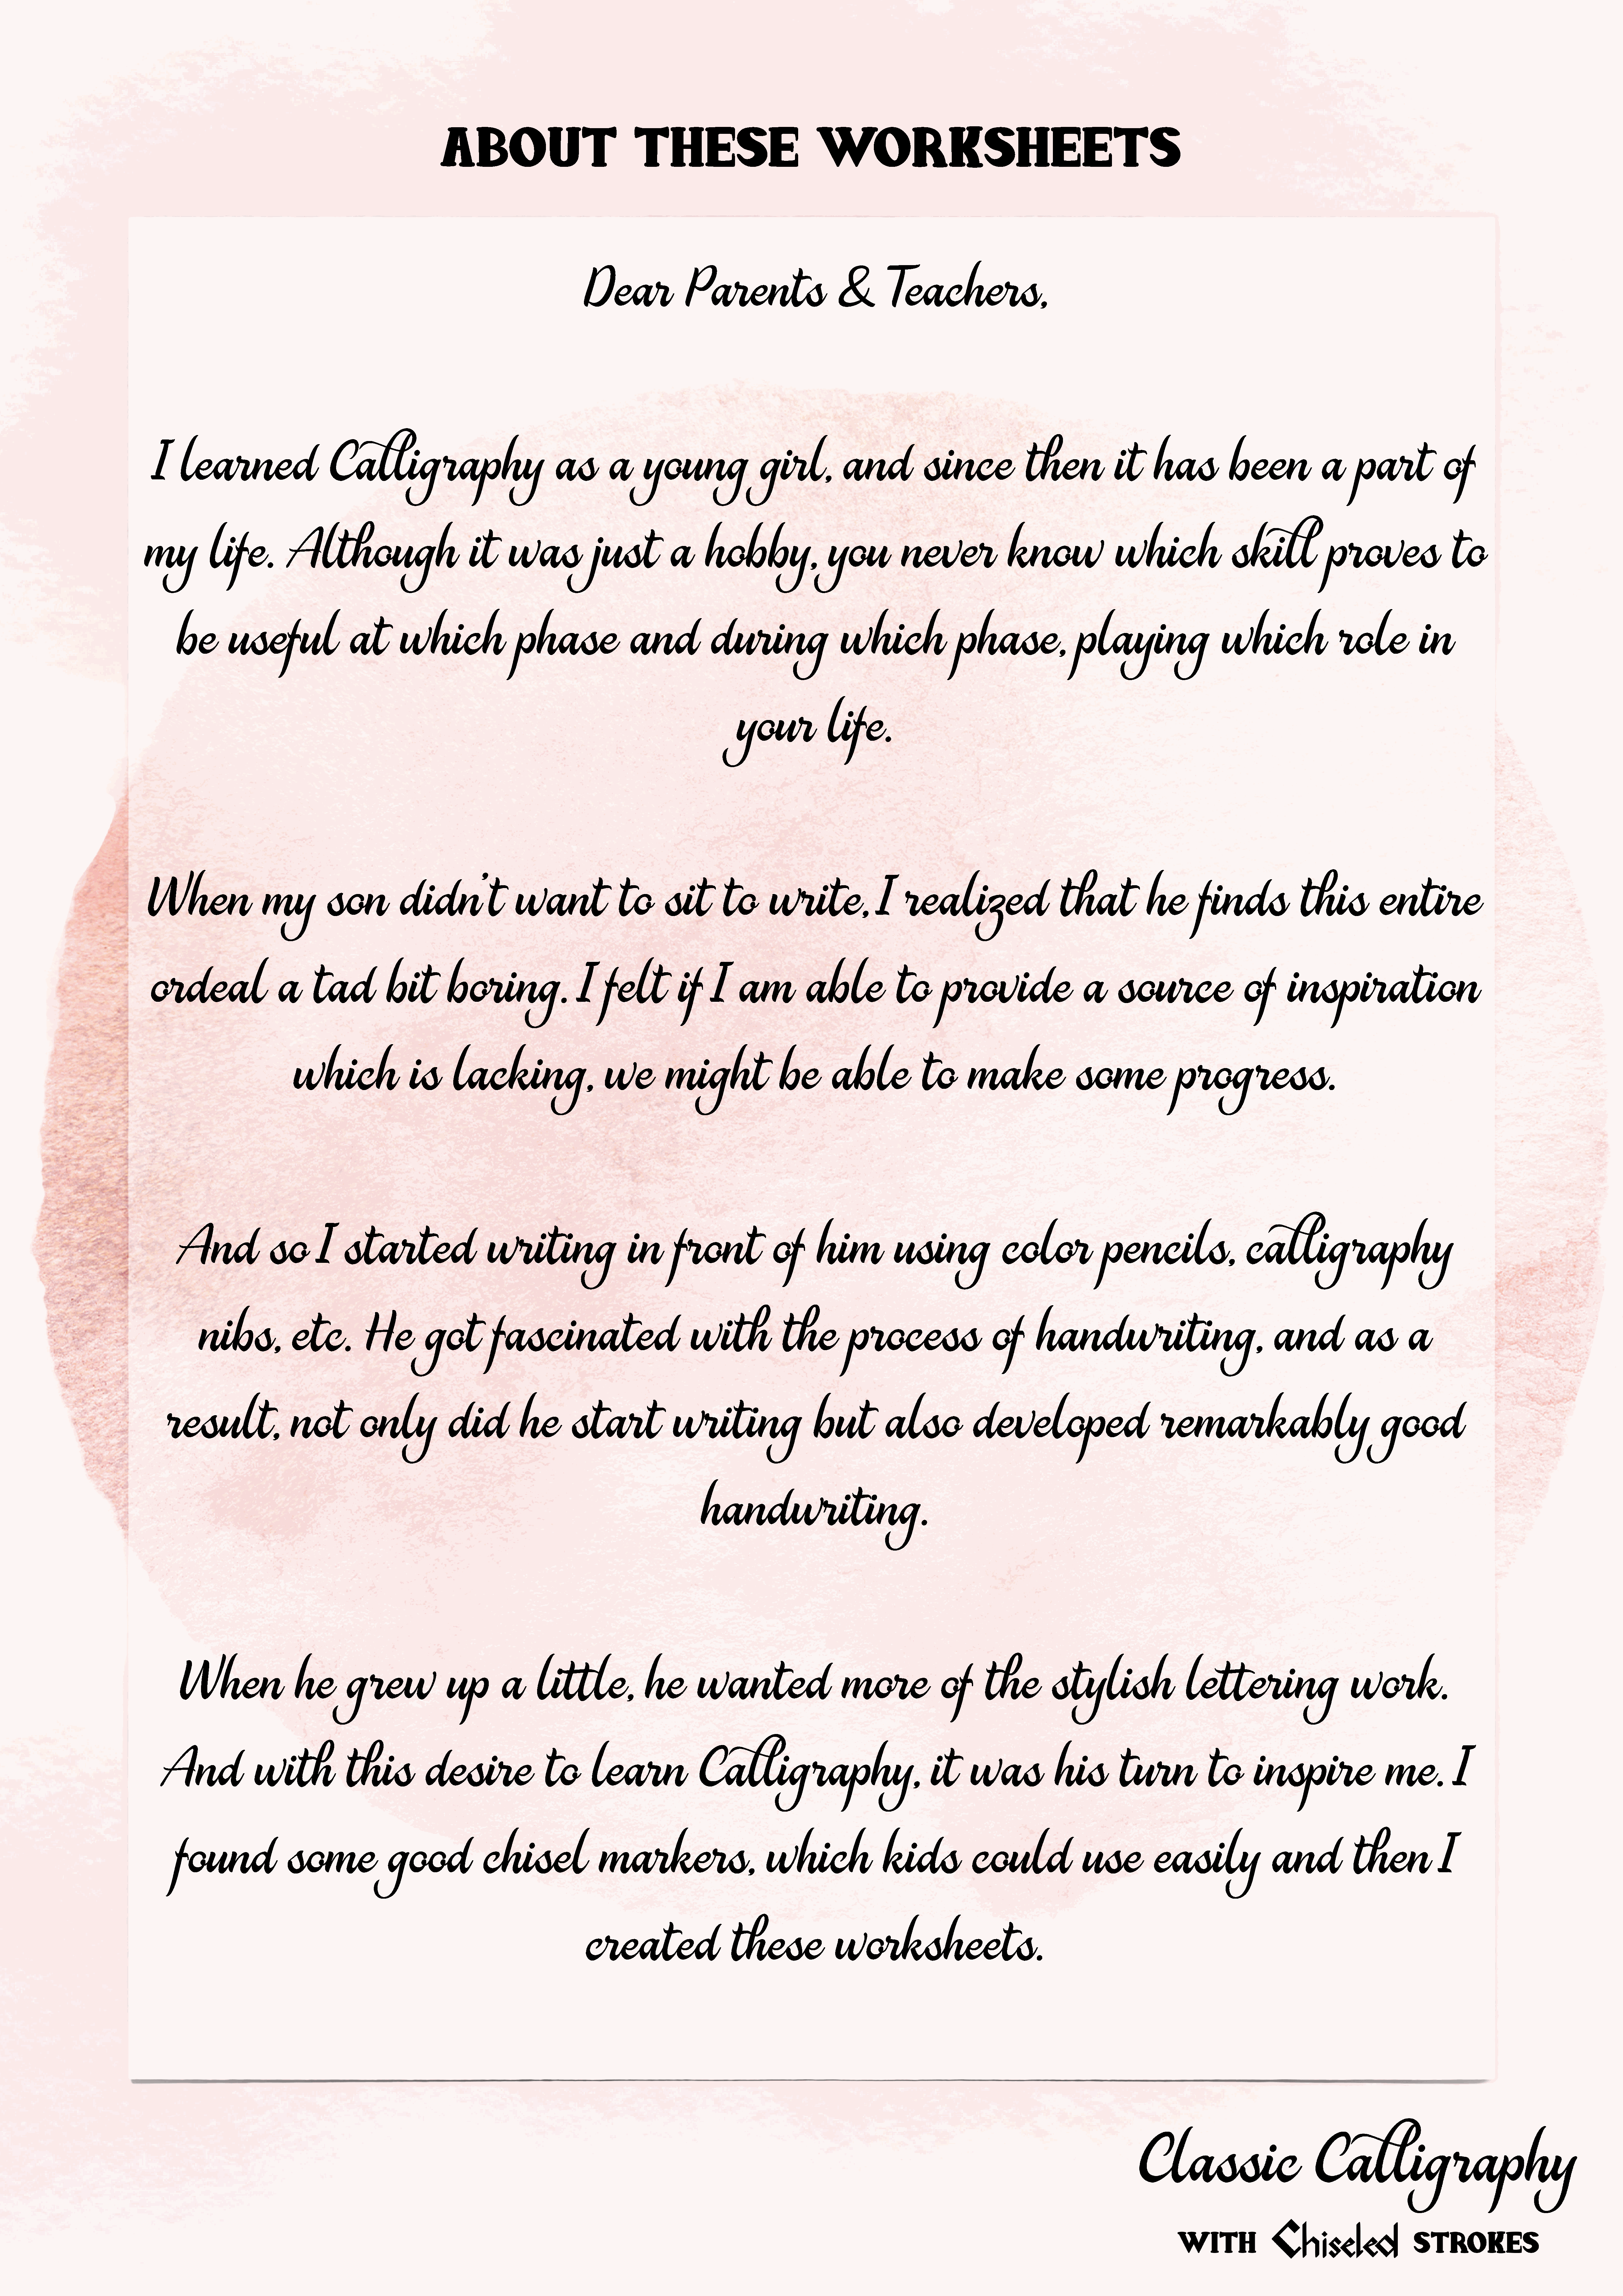
About                                    these                                 worksheets
 Dear                 Parents                          &         Teachers,
 I    learned                         Calligraphy                                    as          a      young                   girl,             and              since                then               it      has             been                a      part              of
 my           life.            Although                              it      was               just             a      hobby,                    you            never                  know                  which                    skill               proves                    to
 be         useful                   at         which                   phase                   and              during                     which                    phase,                   playing                        which                   role             in
 your               life.
 When                    my           son             didn’t                  want                  to       sit          to       write,                  I    realized                         that              he         finds                this             entire
 ordeal                     a      tad             bit          boring.                     I    felt           if      I    am            able               to        provide                       a      source                    of        inspiration
 which                    is       lacking,                        we           might                   be         able               to       make                   some                 progress.
 And                so         I    started                       writing                       in       front                of       him              using                 color                 pencils,                      calligraphy
 nibs,               etc.           He           got           fascinated                                with               the           process                       of        handwriting,                                      and              as         a
 result,                    not           only               did            he         start                writing                       but            also              developed                               remarkably                                    good
 handwriting.
 When                    he         grew                  up         a      little,                he         wanted                         more                 of       the           stylish                     lettering                          work.
 And                 with               this             desire                   to        learn                 Calligraphy,                                      it      was               his          turn               to        inspire                    me.            I
 found                   some                 good                chisel                   markers,                           which                   kids               could                   use            easily                  and              then               I
 created                       these                 worksheets.